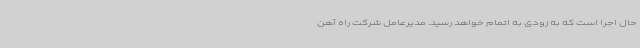
حال اجرا است که به زودی به اتمام خواهد رسید. مدیرعامل شرکت راه آهن